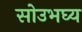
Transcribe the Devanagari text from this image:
सोउभघ्य